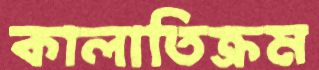
কালাতিক্রম